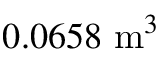
0 . 0 6 5 8 \ \mathrm { m } ^ { 3 }